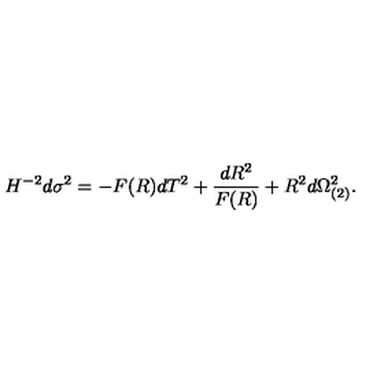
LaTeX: H ^ { - 2 } d \sigma ^ { 2 } = - F ( R ) d T ^ { 2 } + { \frac { d R ^ { 2 } } { F ( R ) } } + R ^ { 2 } d \Omega _ { ( 2 ) } ^ { 2 } .